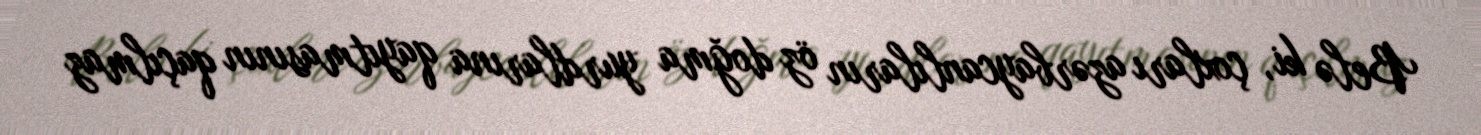
Belə ki, çoxları azərbaycanlıların öz doğma yurdlarına qayıtmasının qaçılmaz